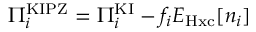
\Pi _ { i } ^ { \mathrm { K I P Z } } = \Pi _ { i } ^ { \mathrm { K I } } - f _ { i } E _ { \mathrm { H x c } } [ n _ { i } ]